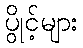
ပွိုင့်များ